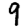
Digit: 9